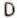
D